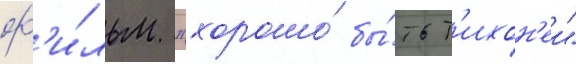
ф'и́льм "хорошо́ бы́ть т'ихон'еи"